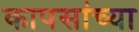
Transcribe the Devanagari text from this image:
कापसांच्या